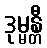
ဒုမ္မန္တီ